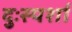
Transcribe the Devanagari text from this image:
दुःस्पर्शा